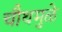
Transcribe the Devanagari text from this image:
चौथमुळे